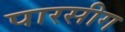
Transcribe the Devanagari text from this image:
पारसीग